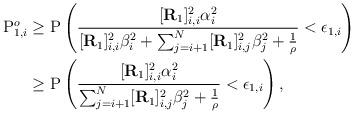
LaTeX: \begin{align*}\mathrm{P}_{1,i}^o&\geq \mathrm{P}\left( \frac{[\mathbf{R}_1]^2_{i,i}\alpha_i^2}{[\mathbf{R}_1]_{i,i}^2\beta_i^2 +\sum^{N}_{j=i+1} [\mathbf{R}_1]_{i,j}^2\beta_j^2 +\frac{1}{\rho}}<\epsilon_{1,i} \right)\\ &\geq \mathrm{P}\left( \frac{[\mathbf{R}_1]^2_{i,i}\alpha_i^2}{\sum^{N}_{j=i+1} [\mathbf{R}_1]_{i,j}^2\beta_j^2 +\frac{1}{\rho}} <\epsilon_{1,i} \right),\end{align*}